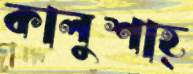
কালুশাহ্